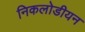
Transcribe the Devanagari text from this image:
निकलोडीयन